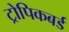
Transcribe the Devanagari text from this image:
ट्रोपिकबर्ड